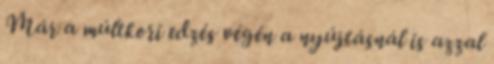
Már a múltkori edzés végén a nyújtásnál is azzal